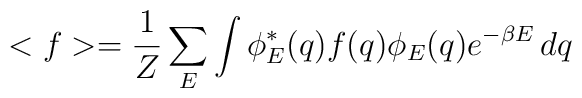
<f> = \frac{1}{Z}\sum_E \int \phi^*_E(q) f(q) \phi_E(q)e^{-\beta E} \, dq